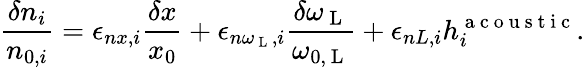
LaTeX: \frac{\delta n_{i}}{n_{0,i}}=\epsilon_{nx,i}\frac{\delta x}{x_{0}}+\epsilon_{n\omega_{\mathrm{~L~}},i}\frac{\delta\omega_{\mathrm{~L~}}}{\omega_{0,\mathrm{~L~}}}+\epsilon_{nL,i}h_{i}^{\mathrm{~a~c~o~u~s~t~i~c~}}.